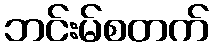
ဘင်းမ်စတက်